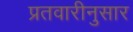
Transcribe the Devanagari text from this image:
प्रतवारीनुसार